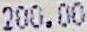
200.00